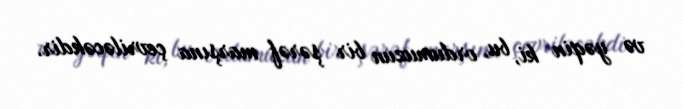
və yəqin ki, bu, ordumuzun bir şərəf marşına çevriləcəkdir.